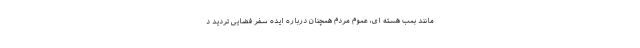
مانند بمب هسته ای، عموم مردم همچنان درباره ایده سفر فضایی تردید د